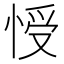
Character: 㥅